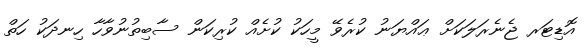
އޮޑިޓަރ ޖެނެރަލަކަށް ޢައްޔަނު ކުރެވޭ މީހަކު ކުށެއް ކުރިކަން ސާބިތުނުވާހާ ހިނދަކު ހަަތް